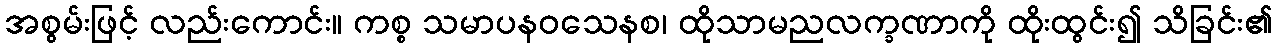
အစွမ်းဖြင့် လည်းကောင်း။ ကစ္စ သမာပနဝသေနစ၊ ထိုသာမညလက္ခဏာကို ထိုးထွင်း၍ သိခြင်း၏